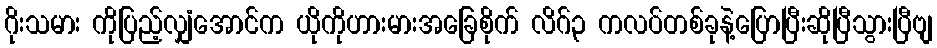
ဂိုးသမား ကိုပြည့်လျှံအောင်က ယိုကိုဟားမားအခြေစိုက် လိဂ်၃ ကလပ်တစ်ခုနဲ့ပြောပြီးဆိုပြီသွားပြီဗျ